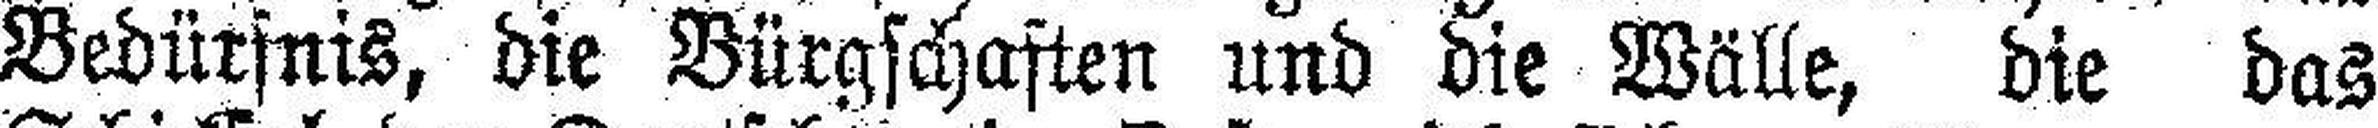
Bedürfnis, die Bürgschaften und die Wälle, die das